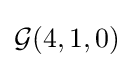
{\mathcal {G}}(4,1,0)